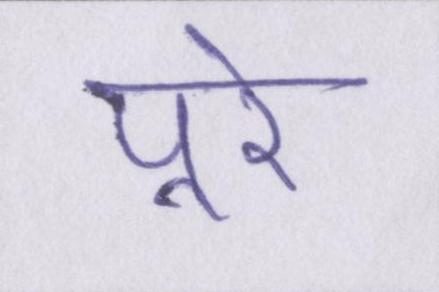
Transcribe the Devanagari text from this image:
पूरे